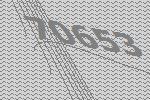
70653